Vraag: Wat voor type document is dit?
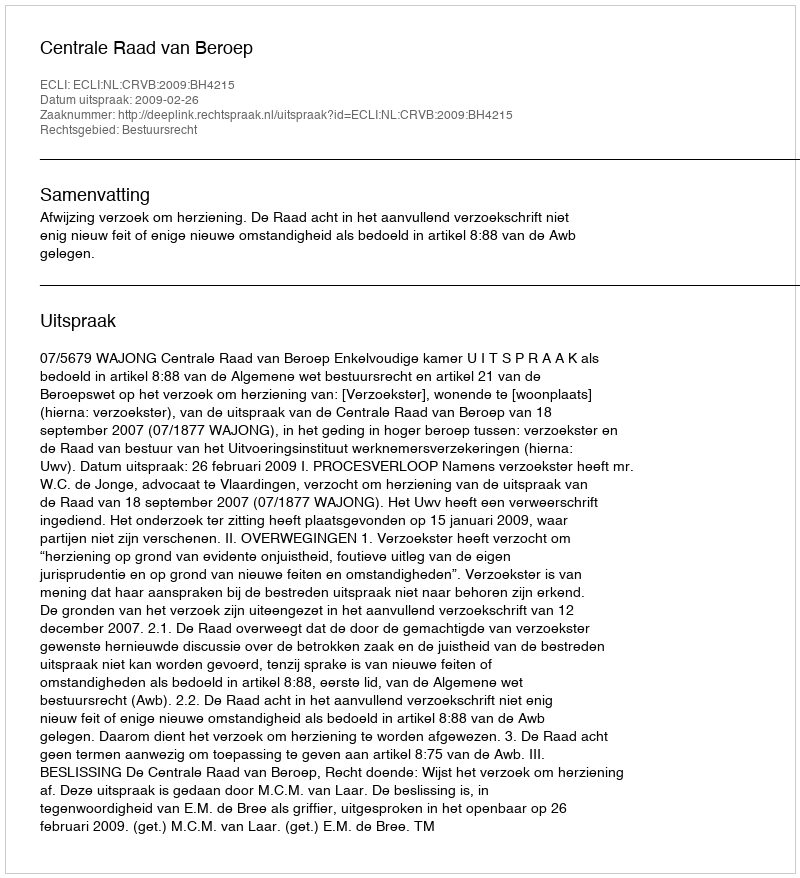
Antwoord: Uitspraak